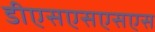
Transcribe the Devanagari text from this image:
डीएसएसएसएस